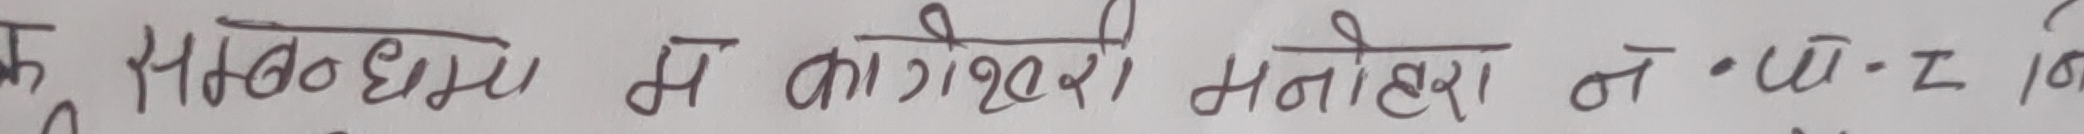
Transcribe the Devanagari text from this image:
क. सम्झौता से कागेश्वरी मनोहरा न. वार्ड १ मा